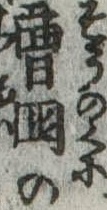
曹国の